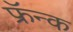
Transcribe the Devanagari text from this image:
फ्रॅन्क